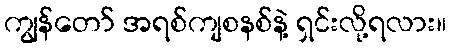
ကျွန်တော် အရစ်ကျစနစ်နဲ့ ရှင်းလို့ရလား။